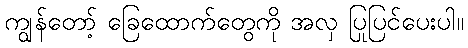
ကျွန်တော့် ခြေထောက်တွေကို အလှ ပြုပြင်ပေးပါ။